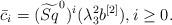
LaTeX: \begin{align*}\bar{c}_i=(\widetilde{Sq}^0)^i(\lambda_3^2b^{[2]}), i\geq0.\end{align*}